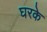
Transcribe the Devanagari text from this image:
घरके